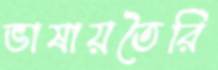
ভাষায়তৈরি